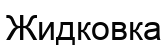
Жидковка